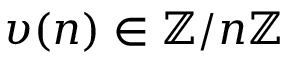
\upsilon ( n ) \in \mathbb { Z } / n \mathbb { Z }